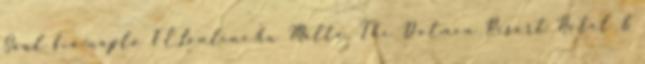
Saul fia-napló FÉLonline.hu Málta, The Dolmen Resort Hotel &